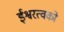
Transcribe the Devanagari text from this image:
ईश्वरत्वको